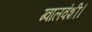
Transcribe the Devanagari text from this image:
ग्वालवंशी।